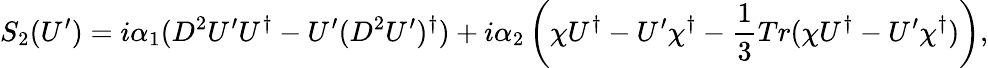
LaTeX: S_{2}(U^{\prime})=i\alpha_{1}(D^{2}U^{\prime}U^{\dagger}-U^{\prime}(D^{2}U^{\prime})^{\dagger})+i\alpha_{2}\left(\chi U^{\dagger}-U^{\prime}\chi^{\dagger}-\frac{1}{3}Tr(\chi U^{\dagger}-U^{\prime}\chi^{\dagger})\right),